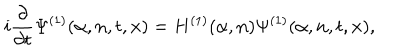
LaTeX: i \frac { \partial } { \partial { t } } { \Psi } ^ { ( 1 ) } ( \alpha , { \bf n } , t , { \bf x } ) = H ^ { ( 1 ) } ( \alpha , { \bf n } ) { \Psi } ^ { ( 1 ) } ( \alpha , { \bf n } , t , { \bf x } ) ,